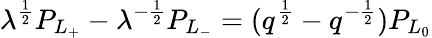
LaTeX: \lambda^{\frac{1}{2}}P_{L_{+}}-\lambda^{-{\frac{1}{2}}}P_{L_{-}}=(q^{\frac{1}{2}}-q^{-{\frac{1}{2}}})P_{L_{0}}